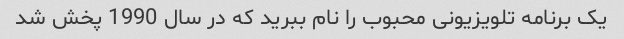
یک برنامه تلویزیونی محبوب را نام ببرید که در سال 1990 پخش شد